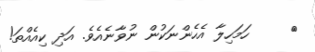
٩     ހަމަހިލާ އެހެންނަކުން ނުވާނެއެވެ. އަދި ކިއެއްތަ!